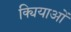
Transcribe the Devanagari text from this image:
क्यियाओं